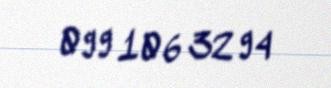
099 106 32 94